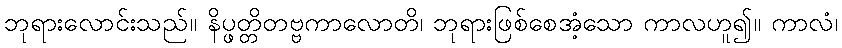
ဘုရားလောင်းသည်။ နိပ္ဖတ္တိတဗ္ဗကာလောတိ၊ ဘုရားဖြစ်စေအံ့သော ကာလဟူ၍။ ကာလံ၊